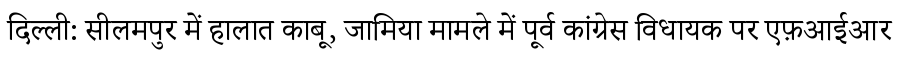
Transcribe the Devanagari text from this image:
दिल्ली: सीलमपुर में हालात काबू, जामिया मामले में पूर्व कांग्रेस विधायक पर एफ़आईआर